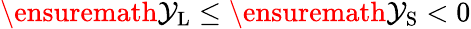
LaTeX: \ensuremath{\mathcal{Y}_{\mathrm{{L}}}}\leq\ensuremath{\mathcal{Y}_{\mathrm{{S}}}}<0